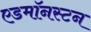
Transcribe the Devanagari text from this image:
एडमॉनस्टन